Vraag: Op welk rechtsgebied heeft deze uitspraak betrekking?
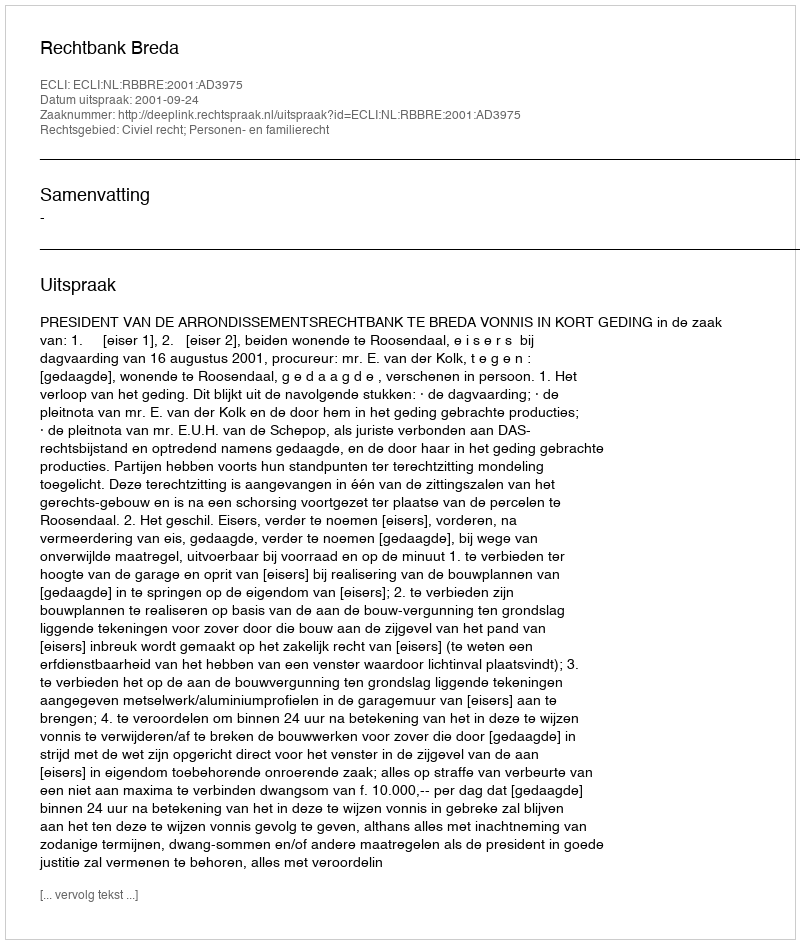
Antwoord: Civiel recht; Personen- en familierecht